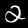
Digit: 2